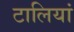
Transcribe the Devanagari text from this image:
टालियां